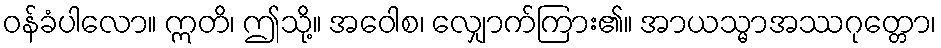
ဝန်ခံပါလော။ ဣတိ၊ ဤသို့။ အဝေါစ၊ လျှောက်ကြား၏။ အာယသ္မာအဿဂုတ္တော၊